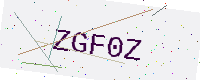
Text: ZGF0Z